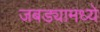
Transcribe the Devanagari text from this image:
जबड्यामध्ये